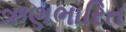
ઋણભારિત